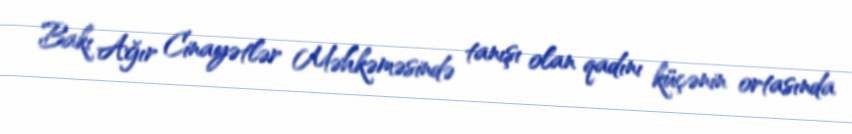
Bakı Ağır Cinayətlər Məhkəməsində tanışı olan qadını küçənin ortasında